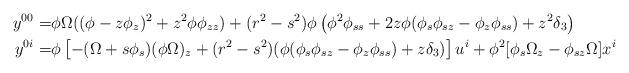
LaTeX: \begin{align*}y^{00}=& \phi\Omega((\phi-z\phi_z)^2+z^2\phi\phi_{zz}) + (r^2-s^2)\phi \left(\phi^2\phi_{ss}+2z\phi(\phi_s\phi_{sz}-\phi_z\phi_{ss}) + z^2\delta_3\right)\\y^{0i}=&\phi\left[-(\Omega+s\phi_s)(\phi\Omega)_z+(r^2-s^2)(\phi(\phi_s\phi_{sz}-\phi_z\phi_{ss})+z\delta_3)\right]u^i + \phi^2[\phi_s\Omega_z-\phi_{sz}\Omega]x^i\end{align*}